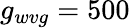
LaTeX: g_{wvg}=500